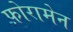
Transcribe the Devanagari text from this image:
फ़ोरामेन